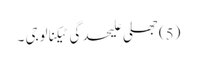
(5) جھلی علیحدگی ٹیکنالوجی ۔